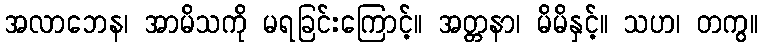
အလာဘေန၊ အာမိသကို မရခြင်းကြောင့်။ အတ္တနာ၊ မိမိနှင့်။ သဟ၊ တကွ။